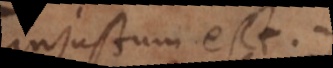
injustum est.:)